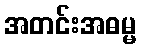
အတင်းအဓမ္မ